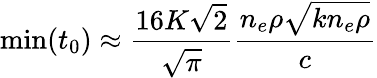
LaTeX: \operatorname*{min}(t_{0})\approx\frac{16K\sqrt{2}}{\sqrt{\pi}}\frac{n_{e}\rho\sqrt{kn_{e}\rho}}{c}